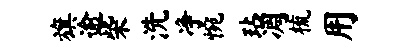
旗逾柴洗净惋玷凋梳用